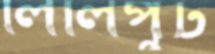
লিলিপুট